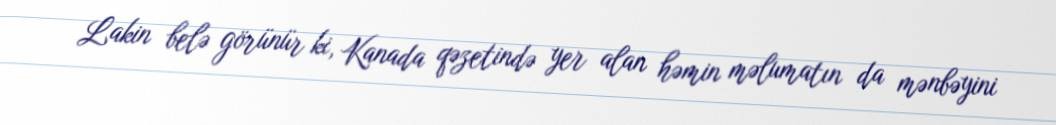
Lakin belə görünür ki, Kanada qəzetində yer alan həmin məlumatın da mənbəyini